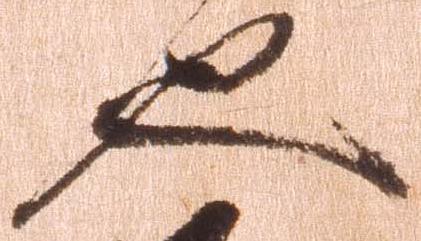
也